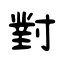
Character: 對